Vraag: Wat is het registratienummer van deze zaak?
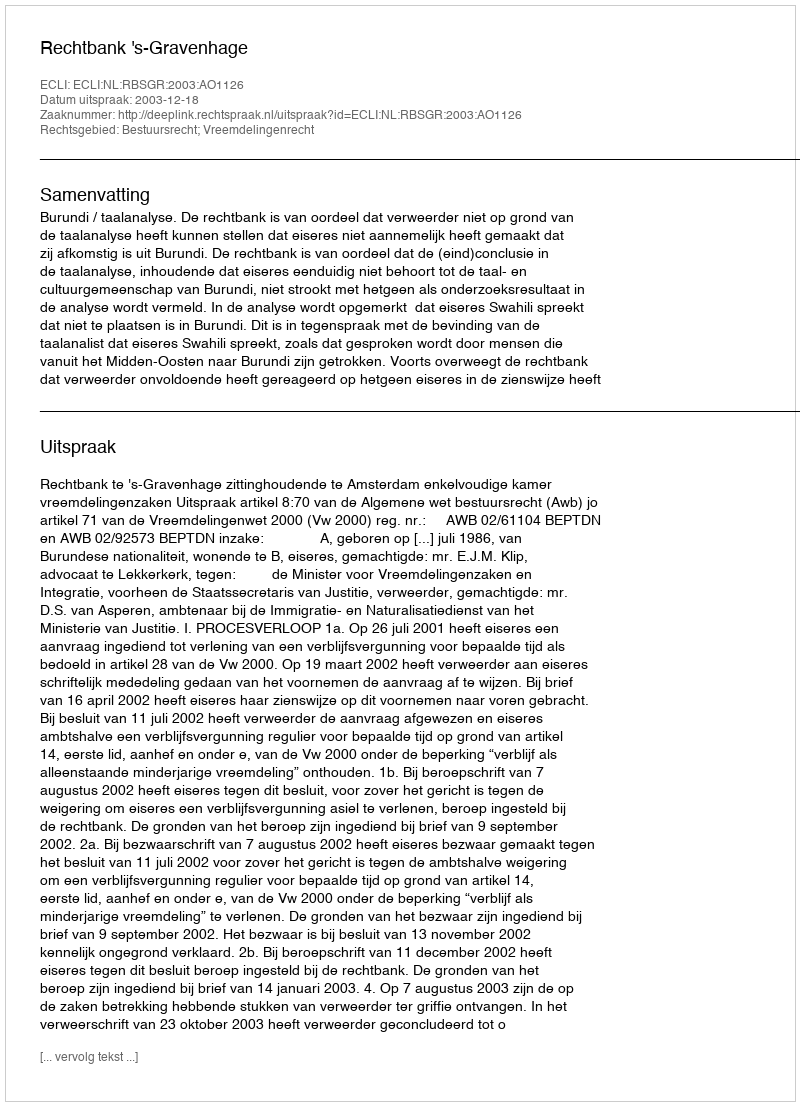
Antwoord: http://deeplink.rechtspraak.nl/uitspraak?id=ECLI:NL:RBSGR:2003:AO1126